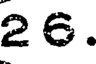
26.